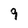
Character: 9